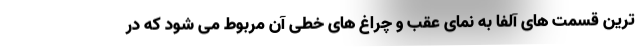
ترین قسمت های آلفا به نمای عقب و چراغ های خطی آن مربوط می شود که در